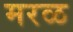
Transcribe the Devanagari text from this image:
मरळ